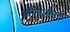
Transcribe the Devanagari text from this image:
ऑरनामेंटल